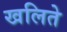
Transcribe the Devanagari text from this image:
खलिते